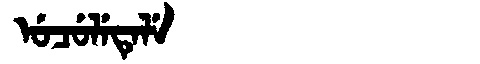
Manchu: ᡠᠴᡠᠯᡝᡨᡝᠯᡝ
Romanization: UCULETELE